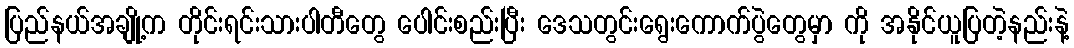
ပြည်နယ်အချို့က တိုင်းရင်းသားပါတီတွေ ပေါင်းစည်းပြီး ဒေသတွင်းရွေးကောက်ပွဲတွေမှာ ကို အနိုင်ယူပြတဲ့နည်းနဲ့